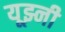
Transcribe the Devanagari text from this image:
यूझ्नी